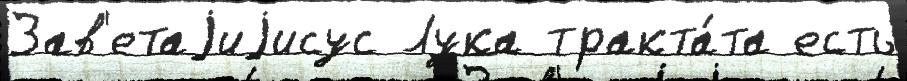
Зав'етаjиjисус Лука тракта́та есть